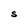
Character: S